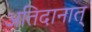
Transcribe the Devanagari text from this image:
अतिदानात्